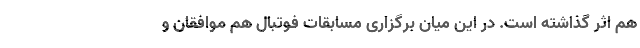
هم اثر گذاشته است. در این میان برگزاری مسابقات فوتبال هم موافقان و